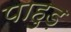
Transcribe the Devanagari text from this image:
पाहुड़